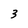
Character: 3